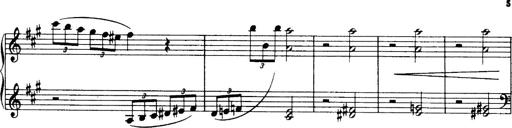
Title: 3 Sonatinas, Op.67
Composer: Jean Sibelius